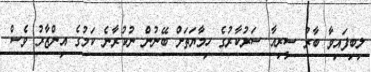
ލިބިފައިވާ ބާރު ސީރިއާ ސަރުކާރުގެ ހިމާޔަތަށް ބޭނުން ނުކުރާނެ ކަމުގެ އިންޒާރު ވެސް